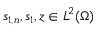
s _ { 1 , n } , s _ { 1 } , z \in L ^ { 2 } ( \Omega )